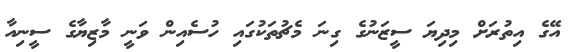
އޭގެ އިތުރަށް މިދިޔަ ސީޒަނުގެ ގިނަ މެޗުތަކުގައި ހުސެއިން ވަނީ މާޒިޔާގެ ސީނިއާ